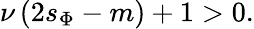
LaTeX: \nu\left(2s_{\Phi}-m\right)+1>0.